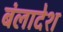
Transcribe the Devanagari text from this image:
बंलादेश